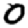
Digit: 0